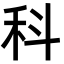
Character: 科